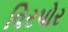
વિરપોર